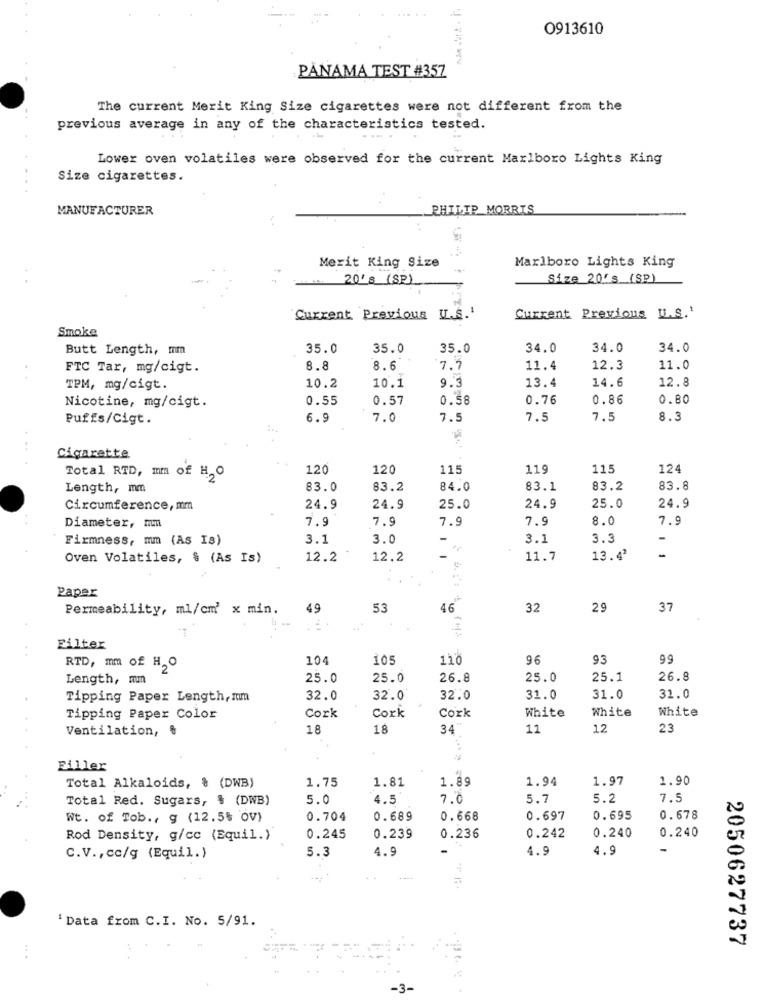
0913610
PANAMA TEST #357
The current Merit King Size cigarettes were not different from the
previous average in any of the characteristics tested.
Lower oven volatiles were observed for the current Marlboro Lights King
Size cigarettes.
MANUFACTURER
PHILIP MORRIS
Merit King Size
Marlboro Lights King
20 8 (SP)
Size 20's (SP)
Current Previous U.S.'
Current Previous U.S.'
Smoke
Butt Length, mm
35.0
35.0
35.0
34.0
34.0
34.0
FTC Tar, mg/cigt.
8.8
8.6
7.7
11.4
12.3
11.0
9.3
TPM, mg/cigt.
10.2
10.1
13.4
14.6
12.8
0.55
0.57
0.58
0.76
0.86
0.80
Nicotine, mg/cigt.
Puffs/Cigt.
6.9
7.0
7.5
7.5
7.5
8.3
Cigarette
120
120
115
119
115
124
Total RTD, mm of H,O
Length, mm
83.0
83.2
84.0
83.1
83.2
83.8
Circumference, mm
24.9
24.9
25.0
24.9
25.0
24.9
7.9
7.9
7.9
7.9
8.0
7.9
Diameter, mm
Firmness, mm (As Is)
3.1
3.0
-
3.1
3.3
-
Oven Volatiles, § (As Is)
12.2
12.2
11.7
13.4'
-
Paper
Permeability, ml/cm' x min.
49
53
46
32
29
37
Filter
104
105
110
96
93
99
RTD, mm of H,O
Length, mm
25.0
25.0
26.8
25.0
25.1
26.8
Tipping Paper Length, mm
32.0
32.0
32.0
31.0
31.0
31.0
White
White
White
Tipping Paper Color
Cork
Cork
Cork
Ventilation,
OP
18
18
34"
11
12
23
Filler
Total Alkaloids, & (DWB)
1.75
1.81
1.89
1.94
1.97
1.90
Total Red. Sugars, $ (DWB)
5.0
4.5
7.0
5.7
5.2
7.5
Wt. of Tob ., g (12,5% ov)
0.704
0.689
0.668
0.697
0.695
0.678
0.240
Rod Density, g/cc (Equil.)
0.245
0.239
0.236
0.242
0.240
5.3
4.9
4.9
C.V ., cc/g (Equil.)
4.9
' Data from C.I. No. 5/91.
2050627737
...
-3-